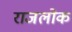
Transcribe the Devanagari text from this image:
राजलोक